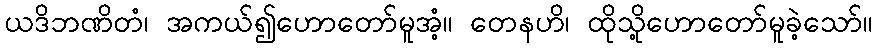
ယဒိဘဏိတံ၊ အကယ်၍ဟောတော်မူအံ့။ တေနဟိ၊ ထိုသို့ဟောတော်မူခဲ့သော်။